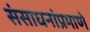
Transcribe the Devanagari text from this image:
संसाधनांप्रमाणे